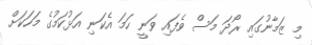
މި ޒަމާނުގައި ރޯދަ މަސް ވެފައި ވަނީ ހަމަ އެކަނި އަޅުކަމުގެ މަހަކަށް